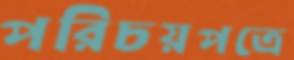
পরিচয়পত্রে